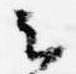
云